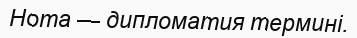
Нота — дипломатия термині.